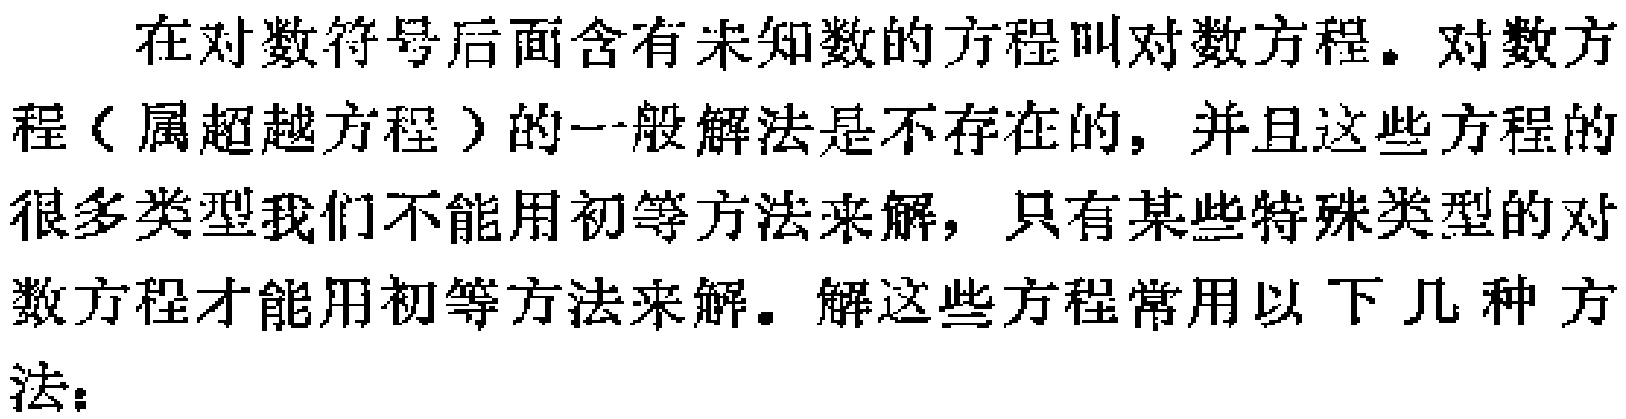
在对数符号后面含有未知数的方程叫对数方程。对数方程（属超越方程）的一般解法是不存在的，并且这些方程的很多类型我们不能用初等方法来解，只有某些特殊类型的对数方程才能用初等方法来解。解这些方程常用以下几种方法：